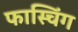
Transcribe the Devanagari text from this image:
फास्चिंग